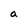
Character: a